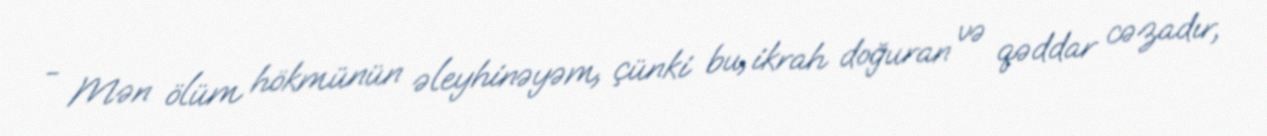
- Mən ölüm hökmünün əleyhinəyəm, çünki bu, ikrah doğuran və qəddar cəzadır,